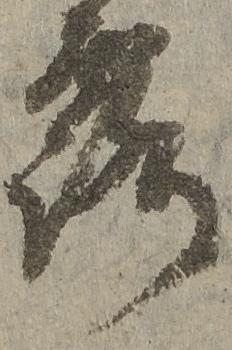
露